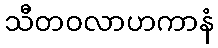
သီတဝလာဟကာနံ